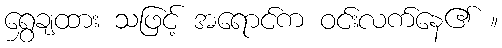
ရွှေချထား သဖြင့် အရောင်က ဝင်းလက်နေ၏ ။